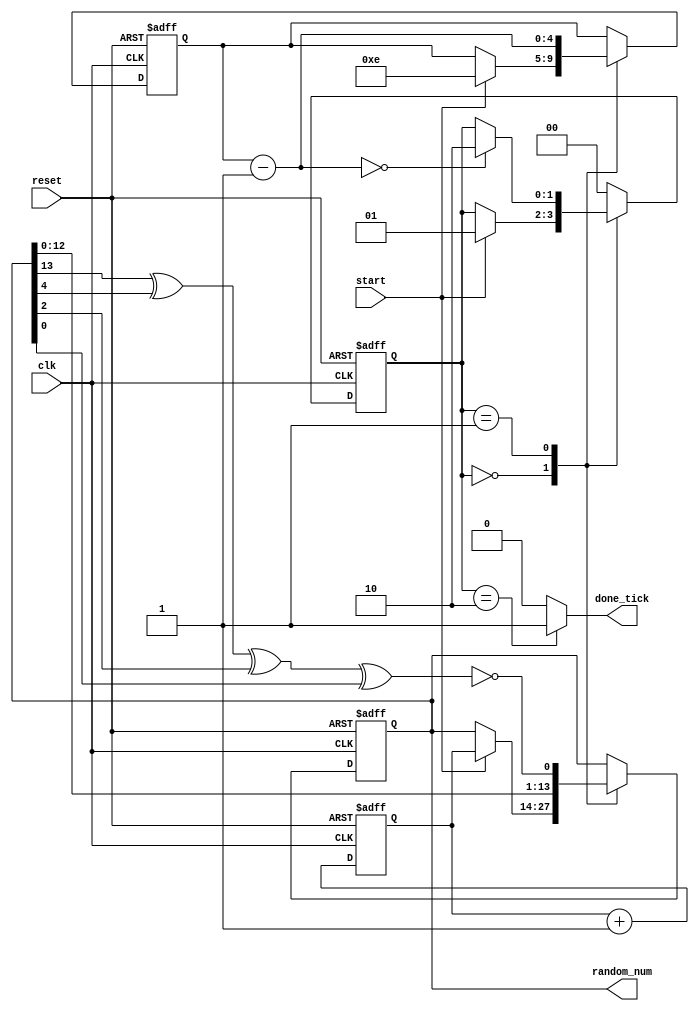
// LFSR based pseudo random 14-bit number generator

module lfsr_pseudo_random
    (
    input  wire       clk, reset,
    input  wire       start,
    output reg        done_tick,
    output wire[13:0] random_num
    );

    // ---------------------------------
    // Free-running counter used as seed
    // ---------------------------------
    // signal declaration
    reg[13:0]  q_reg;
    wire[13:0] q_next;
    always @(posedge clk, posedge reset)
        if (reset)
            q_reg <= 0;
        else
            q_reg <= q_next;
    // next-state logic
    assign q_next = q_reg + 1;

    // ---------
    // LFSR FSMD
    // ---------
    // signal declaration
    reg[1:0]  state_reg, state_next;
    reg[13:0] random_num_reg, random_num_next;
    reg[4:0]  shift_count_reg, shift_count_next;
    wire      linear_feedback;

    // symbolic state declaration
    localparam[1:0]
        idle  = 2'b00,
        shift = 2'b01,
        done  = 2'b10;

    // FSM state and data registers
    always @(posedge clk, posedge reset)
        if (reset)
            begin
                state_reg       <= idle;
                random_num_reg  <= 0;
                shift_count_reg <= 0;
            end
        else
            begin
                state_reg       <= state_next;
                random_num_reg  <= random_num_next;
                shift_count_reg <= shift_count_next;
            end

    // FSM next-state logic
    always @*
    begin
        // defaults
        state_next       = state_reg;
        done_tick        = 1'b0;
        random_num_next  = random_num_reg;
        shift_count_next = shift_count_reg;

        case (state_reg)
            idle:
                if (start)
                    begin
                        random_num_next  = q_reg;
                        shift_count_next = 6'd14;
                        state_next       = shift;
                    end
            shift:
                begin
                    random_num_next  = {random_num_reg[12:0], linear_feedback};
                    shift_count_next = shift_count_reg - 1;
                    if (shift_count_next == 0)
                        state_next = done;
                end
            done:
                begin
                    done_tick = 1'b1;
                    state_next = idle;
                end
            default:
                state_next = idle;
        endcase
    end

    // data path
    assign linear_feedback = !(random_num_reg[13] ^ random_num_reg[4]
                               ^ random_num_reg[2] ^ random_num_reg[0]);

    // output
    assign random_num = random_num_reg;

endmodule